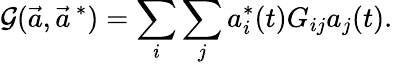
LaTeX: \mathcal{G}(\vec{{a}},\vec{{a}}^{\, *})=\sum_{i}\sum_{j}a_{i}^{*}(t)G_{ij}a_{j}(t).